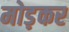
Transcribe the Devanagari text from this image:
मोड़़कर